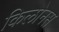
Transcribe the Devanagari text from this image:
किलोनस